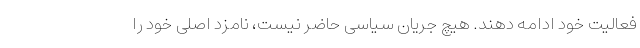
فعالیت خود ادامه دهند. هیچ جریان سیاسی حاضر نیست، نامزد اصلی خود را